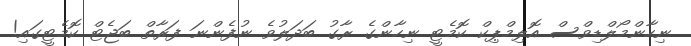
ނިހާންމޯލްޑިވްސް އޮލިމްޕިކް ކޮމެޓީ ނިހާންގެ ރާގު ބަދަލުވެ ނުފެންނަ ފަރާތް ބަޖެޓް ކޮމެޓީގައި!